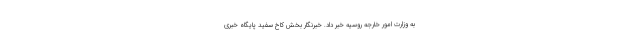
به وزارت امور خارجه روسیه خبر داد. خبرنگار بخش کاخ سفید پایگاه خبری